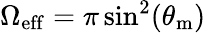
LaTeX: \Omega_{\mathrm{eff}}=\pi\sin^{2}(\theta_{\mathrm{m}})